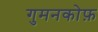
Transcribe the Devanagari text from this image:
गुमनकोफ़